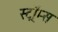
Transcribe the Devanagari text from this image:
स्ट्रॉम्स